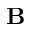
\mathbf { B }